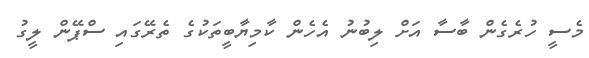
މެސީ ހުރެގެން ބާސާ އަށް ލިބުނު އެހެން ކާމިޔާބީތަކުގެ ތެރޭގައި ސްޕޭން ލީގު